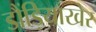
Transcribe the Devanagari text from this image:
डौंड़ियाखेर